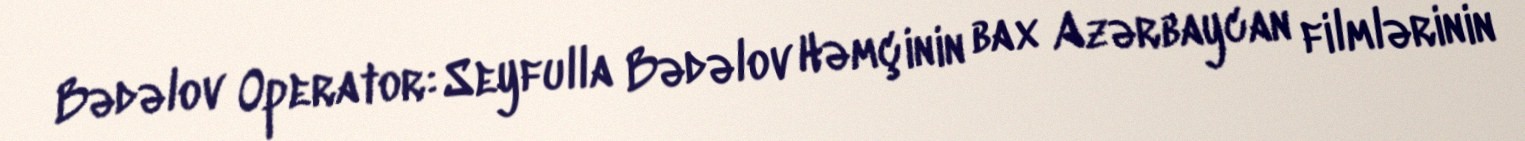
Bədəlov Operator: Seyfulla Bədəlov Həmçinin bax Azərbaycan filmlərinin